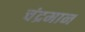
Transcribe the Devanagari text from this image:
चंद्रमान